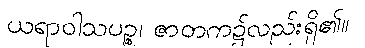
ယရာဝါသပဉ္စ၊ ဇာတက၌လည်းရှိ၏။